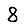
Digit: 8